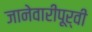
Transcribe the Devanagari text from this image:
जानेवारीपूर्वी